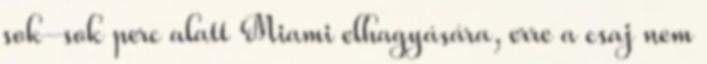
sok-sok perc alatt Miami elhagyására, erre a csaj nem